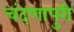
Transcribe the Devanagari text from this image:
चंदणापुरी